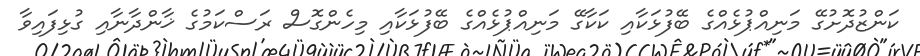
ކަންޒުދޮށުގޭ މަނިއްޕުޅެއްގެ ބޭފުޅަކާއި ކަކާގޭ މަނިއްޕުޅެއްގެ ބޭފުޅަކާއި މިހެންގޮސް ރަސްކަމުގެ ޚާންދާނާއި ގުޅިފައިވާ